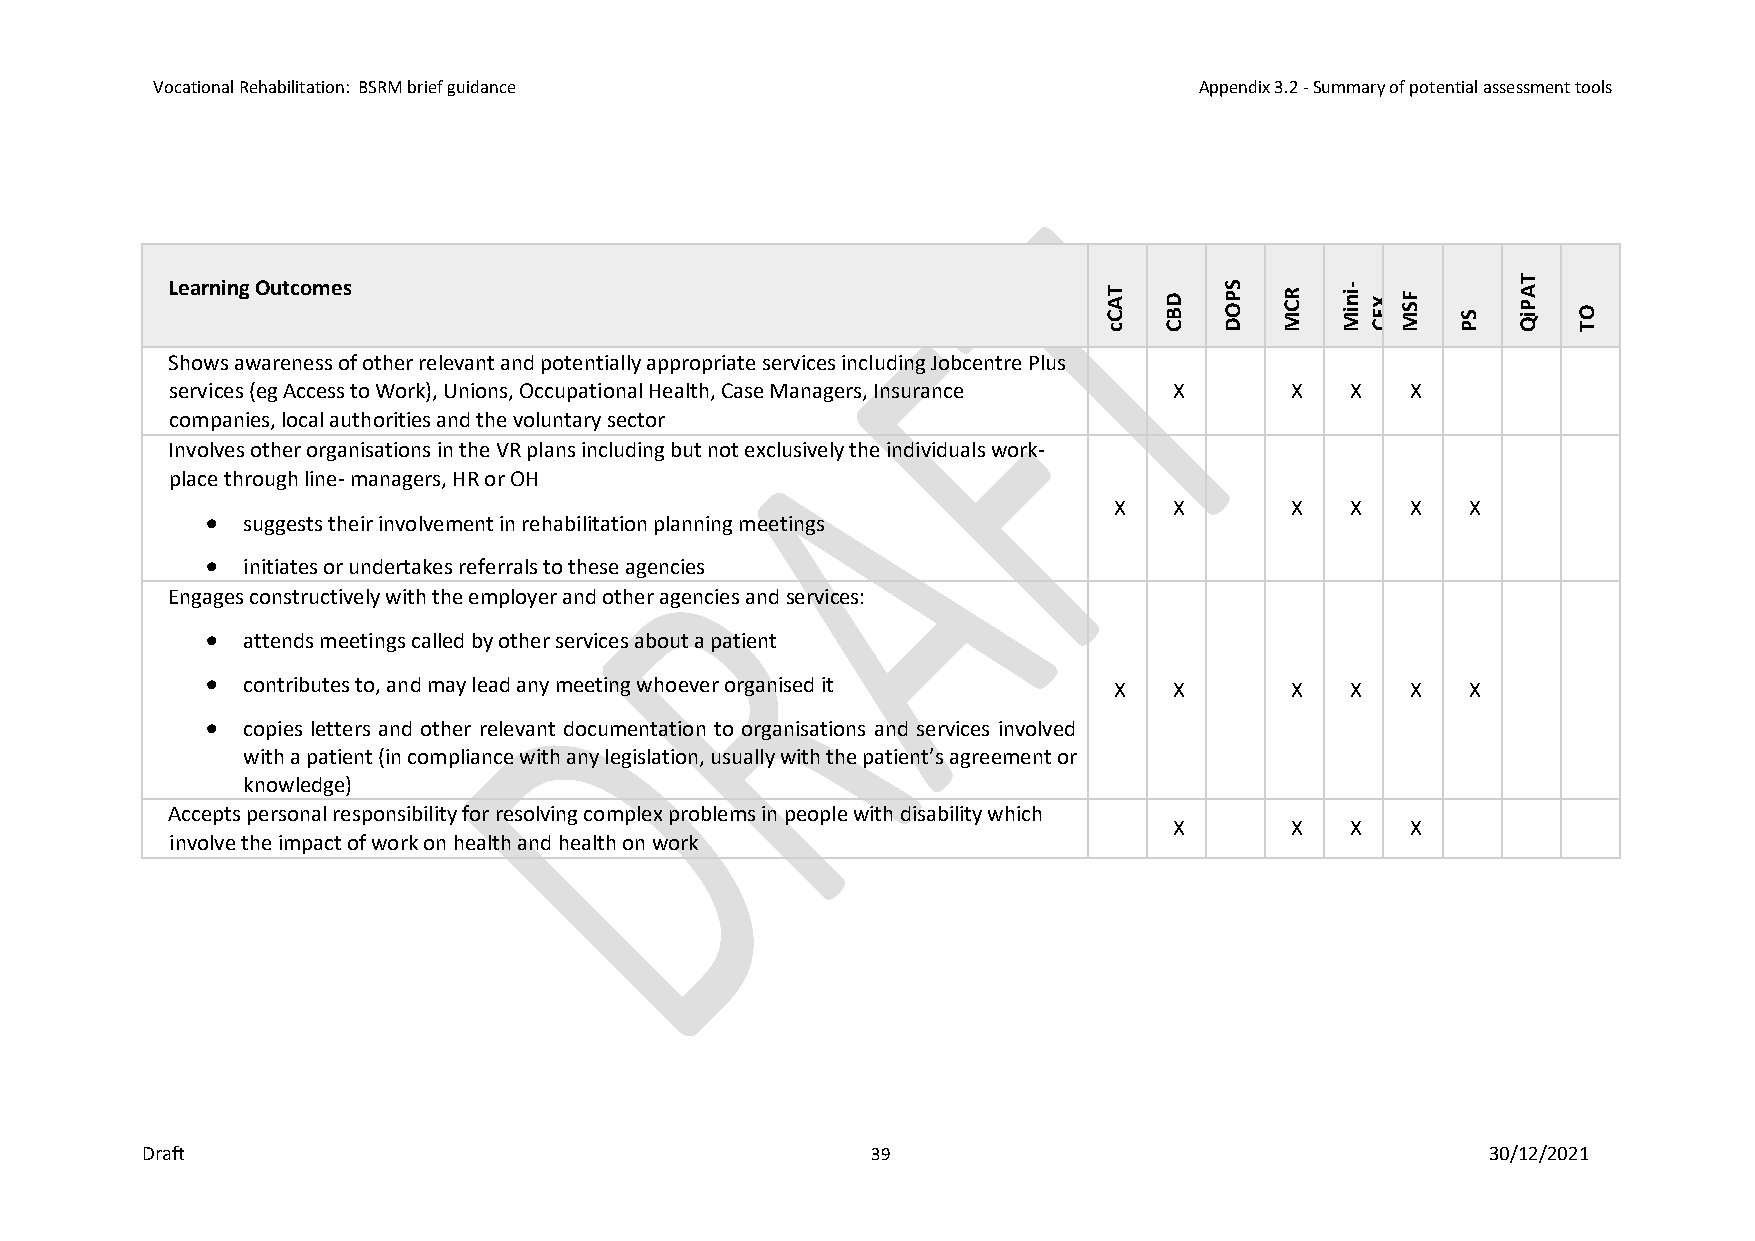
Vocational Rehabilitation: BSRM brief guidance                       Appendix 3.2 - Summary of potential assessment tools
 Learning Outcomes                                             T A C c D B C S P O D R C M in iM- X E C F S M S P T A P iQ O T
 Shows awareness of other relevant and potentially appropriate services including Jobcentre Plus
 services (eg Access to Work), Unions, Occupational Health, Case Managers, Insurance X X X X
 companies, local authorities and the voluntary sector
 Involves other organisations in the VR plans including but not exclusively the individuals work-
 place through line- managers, HR or OH
 X   X      X   X   X   X
 • suggests their involvement in rehabilitation planning meetings
 • initiates or undertakes referrals to these agencies
 Engages constructively with the employer and other agencies and services:
 • attends meetings called by other services about a patient
 • contributes to, and may lead any meeting whoever organised it X X    X   X   X   X
 • copies letters and other relevant documentation to organisations and services involved
 with a patient (in compliance with any legislation, usually with the patient’s agreement or
 knowledge)
 Accepts personal responsibility for resolving complex problems in people with disability which
 X      X   X   X
 involve the impact of work on health and health on work
 Draft                                            39                                       30/12/2021